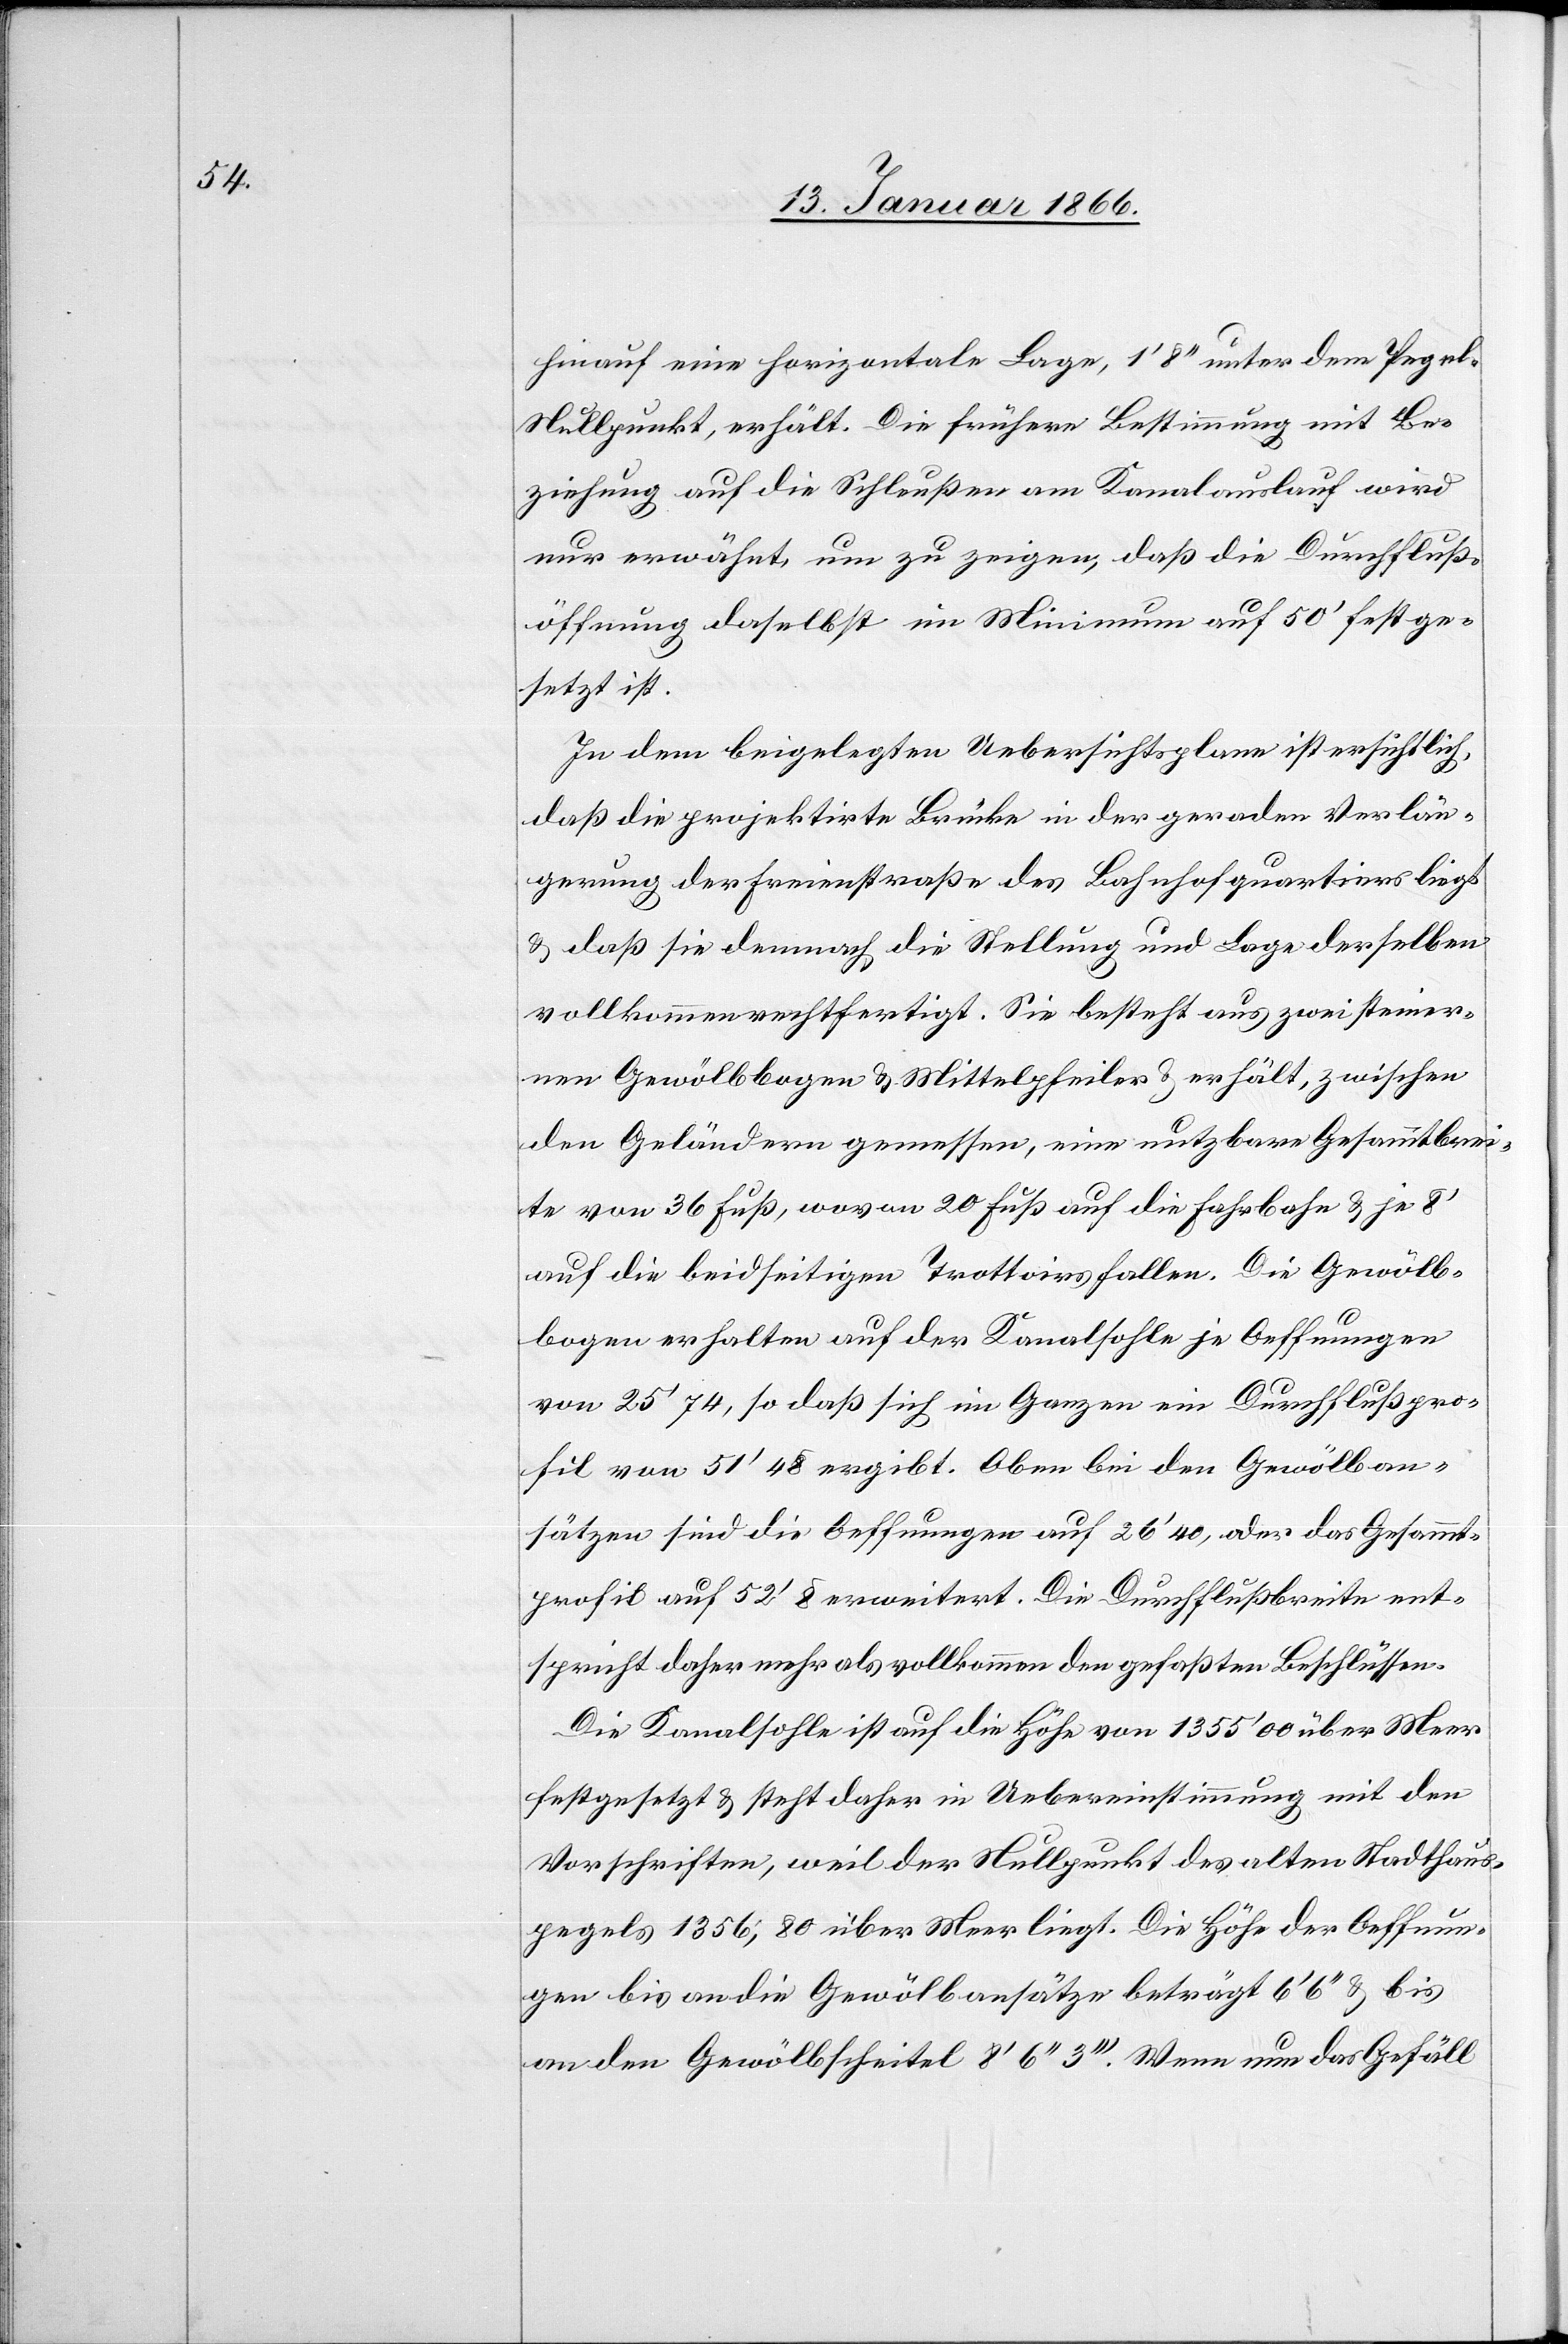
hinauf eine horizontale Lage, 1' 8'' unter dem Pegel-N¬
ullpunkt, erhält. Die frühere Bestimmung mit Be¬
ziehung auf die Schleußen am Kanalauslauf wird
nur erwähnt, um zu zeigen, daß die Durchfluß¬
öffnung daselbst im Minimum auf 50' festge¬
setzt ist.
In dem beigelegten Uebersichtsplan ist ersichtlich,
daß die projektirte Brücke in der geraden Verlän¬
gerung der Freienstraße des Bahnhofquartiers liegt
u. daß sie demnach die Stellung und Lage derselben
vollkommen rechtfertigt. Sie besteht aus zwei steiner¬
nen Gewölbbogen u. Mittelpfeiler u. erhält, zwischen
den Geländern gemessen, eine nutzbare Gesammtbrei¬
te von 36', wozu 20' auf die Fahrbahn u. je 8'
auf die beidseitigen Trottoirs fallen. Die Gewölb¬
bogen erhalten auf der Kanalsohle je Oeffnungen
von 25' 74, so daß sich im Ganzen ein Durchflußpro¬
fil von 51' 48 ergibt. Oben bei den Gewölban¬
sätzen sind die Oeffnungen auf 26' 40, oder das Gesammt¬
profil auf 52' 8 erweitert. Die Durchflußbreite ent¬
spricht daher mehr als vollkommen den gefaßten Beschlüssen.
Die Kanalsohle ist auf die Höhe von 1355' 00 über Meer
festgesetzt u. steht daher in Uebereinstimmung mit den
Vorschriften, weil der Nullpunkt des alten Stadthaus¬
pegels 1356' ,80 über Meer liegt. Die Höhe der Oeffnun¬
gen bis an die Gewölbansätze beträgt 6' 6 Z'' u. bis
an den Gewölbscheitel 8' 6'' 3'''. Wenn nun das Gefäll